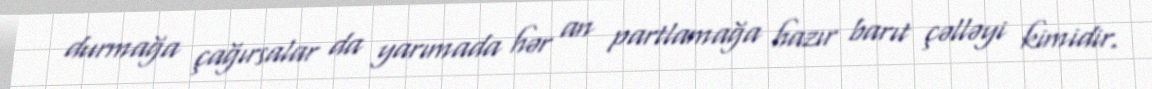
durmağa çağırsalar da yarımada hər an partlamağa hazır barıt çəlləyi kimidir.